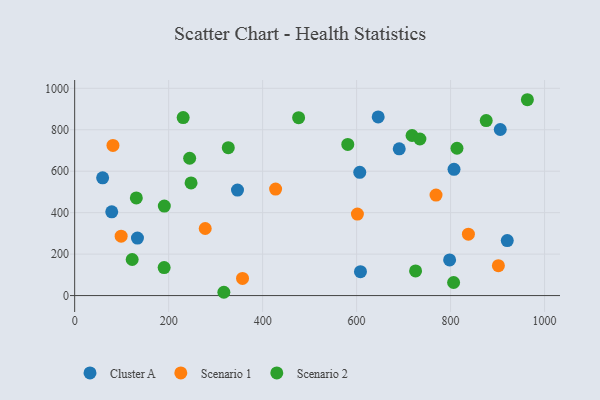
{"axis": {"x": "Experience", "y": "Demand"}, "legend": ["Cluster A", "Scenario 1", "Scenario 2"], "data": [{"x": "920.6", "y": 265.1, "type": "Cluster A"}, {"x": "807.3", "y": 609.1, "type": "Cluster A"}, {"x": "59.5", "y": 567.9, "type": "Cluster A"}, {"x": "133.6", "y": 277.6, "type": "Cluster A"}, {"x": "905.7", "y": 801.2, "type": "Cluster A"}, {"x": "608.2", "y": 115.2, "type": "Cluster A"}, {"x": "645.9", "y": 861.7, "type": "Cluster A"}, {"x": "78.9", "y": 403.9, "type": "Cluster A"}, {"x": "606.7", "y": 594.6, "type": "Cluster A"}, {"x": "346.5", "y": 509.1, "type": "Cluster A"}, {"x": "690.7", "y": 707.9, "type": "Cluster A"}, {"x": "797.9", "y": 172.1, "type": "Cluster A"}, {"x": "769.0", "y": 484.9, "type": "Scenario 1"}, {"x": "98.9", "y": 286.4, "type": "Scenario 1"}, {"x": "427.6", "y": 513.8, "type": "Scenario 1"}, {"x": "357.2", "y": 82.8, "type": "Scenario 1"}, {"x": "277.8", "y": 323.6, "type": "Scenario 1"}, {"x": "601.7", "y": 393.2, "type": "Scenario 1"}, {"x": "837.9", "y": 296.0, "type": "Scenario 1"}, {"x": "901.7", "y": 144.2, "type": "Scenario 1"}, {"x": "81.5", "y": 724.3, "type": "Scenario 1"}, {"x": "122.4", "y": 174.0, "type": "Scenario 2"}, {"x": "131.2", "y": 470.9, "type": "Scenario 2"}, {"x": "806.4", "y": 63.0, "type": "Scenario 2"}, {"x": "718.0", "y": 772.3, "type": "Scenario 2"}, {"x": "581.2", "y": 729.4, "type": "Scenario 2"}, {"x": "317.5", "y": 15.9, "type": "Scenario 2"}, {"x": "725.5", "y": 119.0, "type": "Scenario 2"}, {"x": "230.9", "y": 858.9, "type": "Scenario 2"}, {"x": "875.8", "y": 844.1, "type": "Scenario 2"}, {"x": "190.4", "y": 135.1, "type": "Scenario 2"}, {"x": "190.8", "y": 431.8, "type": "Scenario 2"}, {"x": "476.6", "y": 858.2, "type": "Scenario 2"}, {"x": "326.9", "y": 713.6, "type": "Scenario 2"}, {"x": "244.7", "y": 662.5, "type": "Scenario 2"}, {"x": "963.4", "y": 944.9, "type": "Scenario 2"}, {"x": "247.7", "y": 543.7, "type": "Scenario 2"}, {"x": "813.6", "y": 710.7, "type": "Scenario 2"}, {"x": "734.7", "y": 755.4, "type": "Scenario 2"}]}